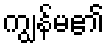
ကျွန်မ၏